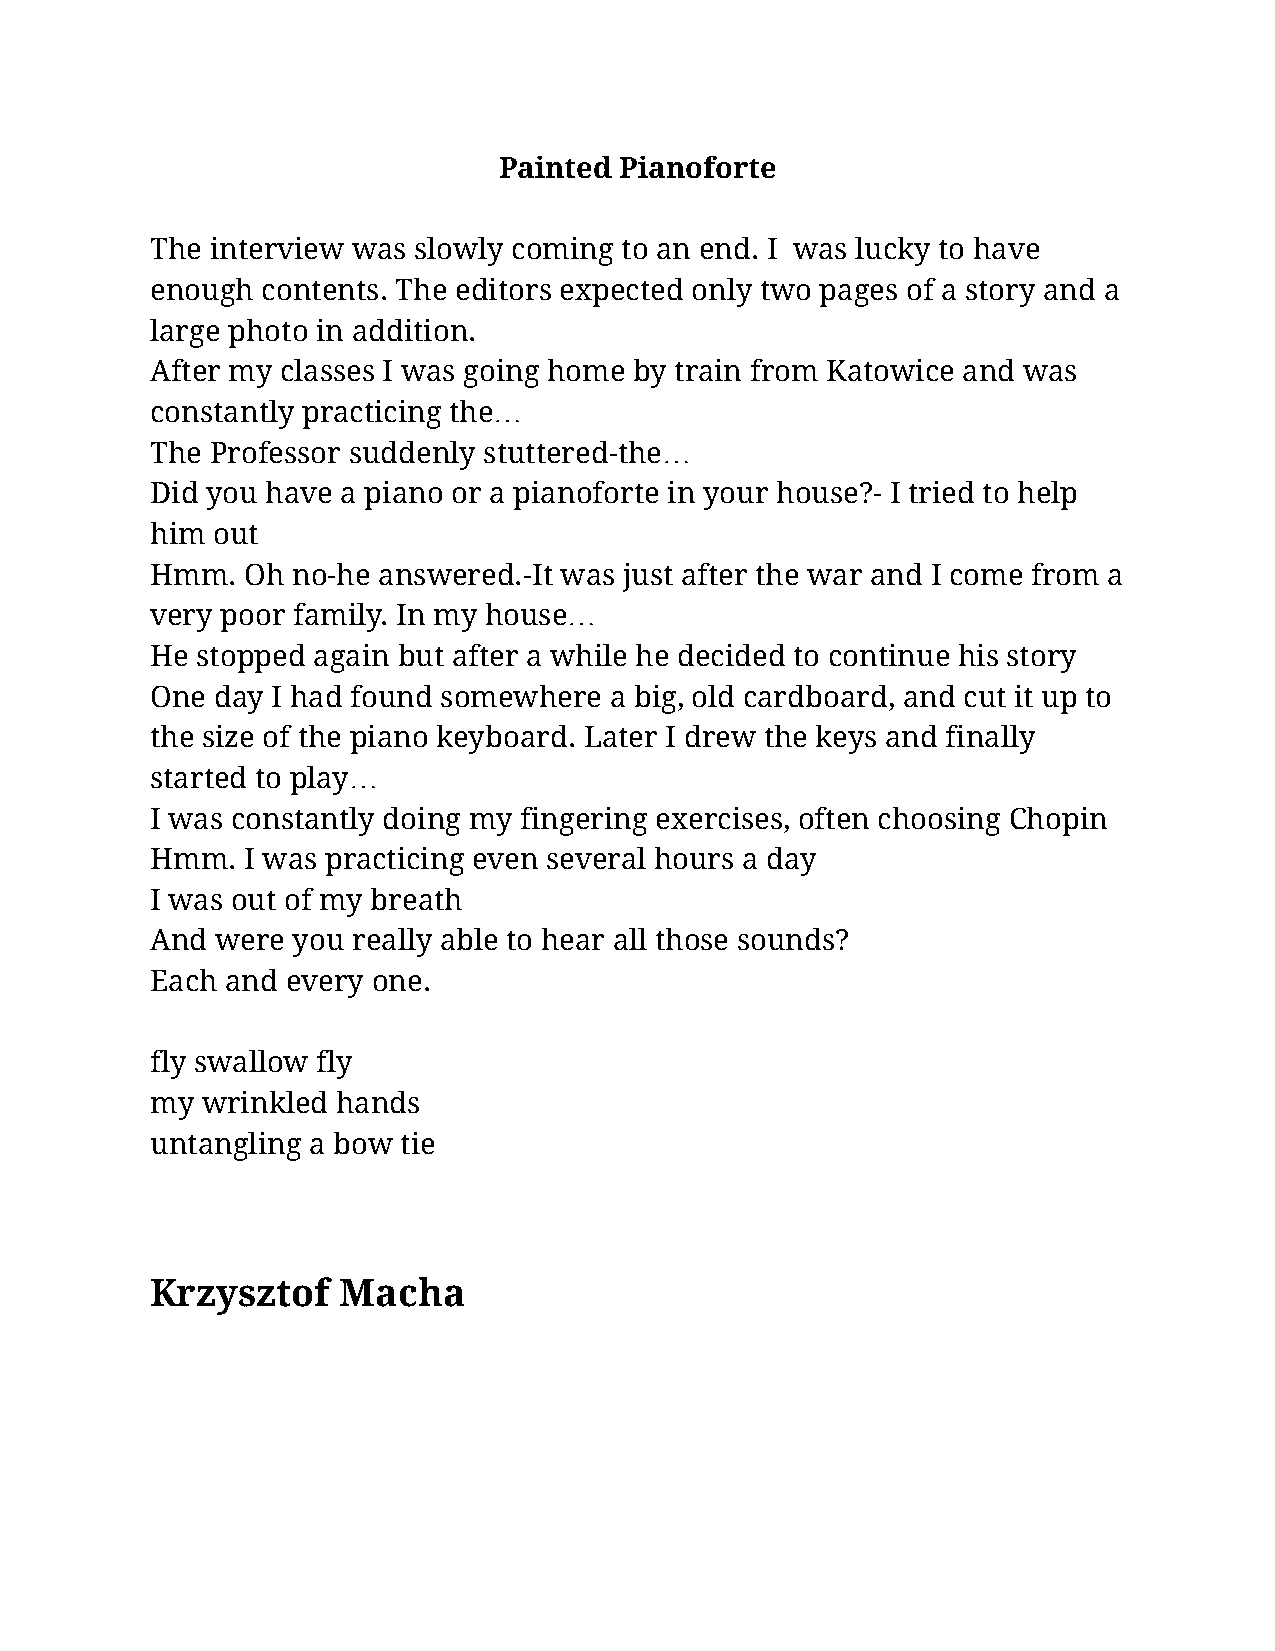
Painted Pianoforte
 The interview was slowly coming to an end. I was lucky to have
 enough contents. The editors expected only two pages of a story and a
 large photo in addition.
 After my classes I was going home by train from Katowice and was
 constantly practicing the…
 The Professor suddenly stuttered-the…
 Did you have a piano or a pianoforte in your house?- I tried to help
 him out
 Hmm.  Oh no-he answered.-It was just after the war and I come from a
 very poor family. In my house…
 He stopped again but after a while he decided to continue his story
 One day I had found somewhere a big, old cardboard, and cut it up to
 the size of the piano keyboard. Later I drew the keys and finally
 started to play…
 I was constantly doing my fingering exercises, often choosing Chopin
 Hmm.  I was practicing even several hours a day
 I was out of my breath
 And were you really able to hear all those sounds?
 Each and every one.
 fly swallow fly
 my wrinkled hands
 untangling a bow tie
 Krzysztof    Macha